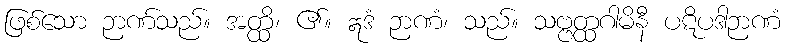
ဖြစ်သော ဉာဏ်သည်။ အတ္ထိ၊ ၏။ ဣဒံ ဉာဏံ၊ သည်။ သဗ္ဗတ္ထဂါမိနီ ပဋိပဒါဉာဏံ